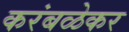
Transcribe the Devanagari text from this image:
करंबळेकर